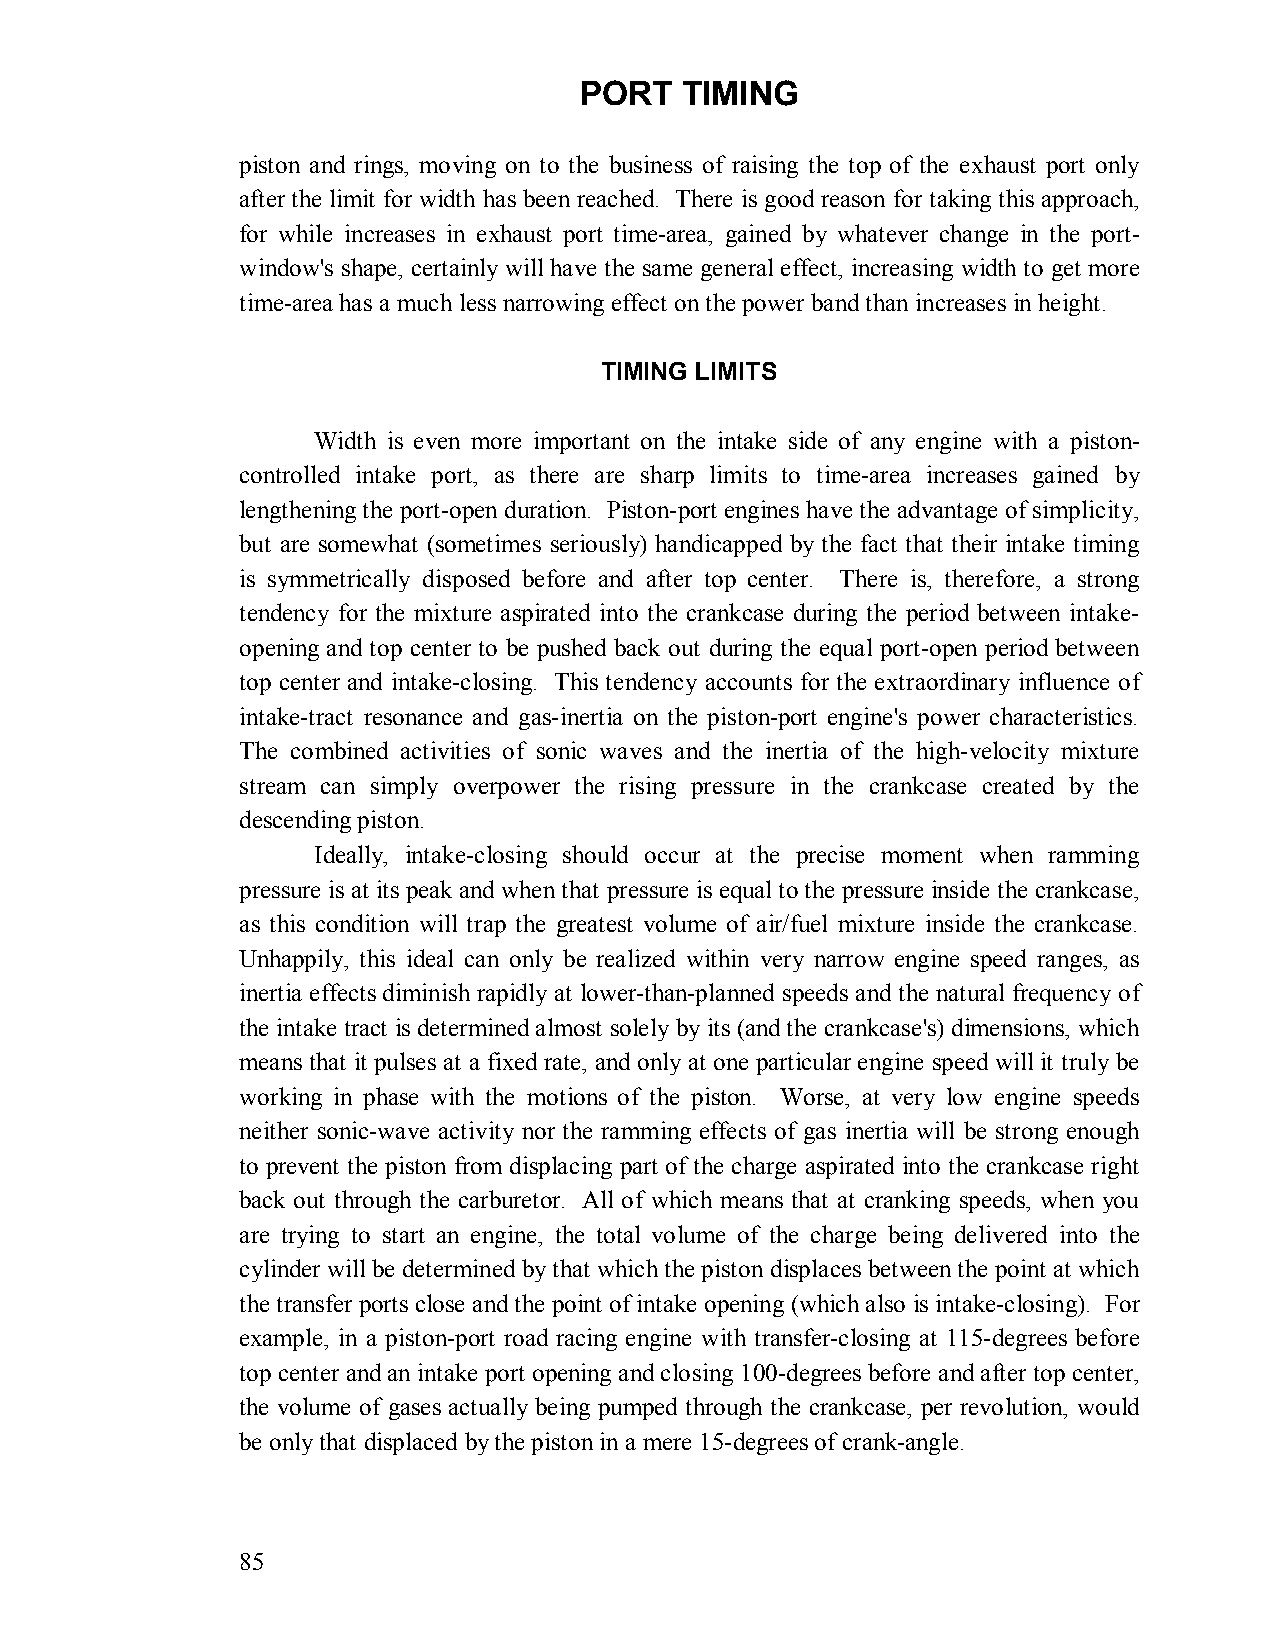
PORT   TIMING
 piston and rings, moving on to the business of raising the top of the exhaust port only
 after the limit for width has been reached. There is good reason for taking this approach,
 for while increases in exhaust port time-area, gained by whatever change in the port-
 window's shape, certainly will have the same general effect, increasing width to get more
 time-area has a much less narrowing effect on the power band than increases in height.
 TIMING LIMITS
 Width is even more important on the intake side of any engine with a piston-
 controlled intake port, as there are sharp limits to time-area increases gained by
 lengthening the port-open duration. Piston-port engines have the advantage of simplicity,
 but are somewhat (sometimes seriously) handicapped by the fact that their intake timing
 is symmetrically disposed before and after top center. There is, therefore, a strong
 tendency for the mixture aspirated into the crankcase during the period between intake-
 opening and top center to be pushed back out during the equal port-open period between
 top center and intake-closing. This tendency accounts for the extraordinary influence of
 intake-tract resonance and gas-inertia on the piston-port engine's power characteristics.
 The combined activities of sonic waves and the inertia of the high-velocity mixture
 stream can simply overpower the rising pressure in the crankcase created by the
 descending piston.
 Ideally, intake-closing should occur at the precise moment when ramming
 pressure is at its peak and when that pressure is equal to the pressure inside the crankcase,
 as this condition will trap the greatest volume of air/fuel mixture inside the crankcase.
 Unhappily, this ideal can only be realized within very narrow engine speed ranges, as
 inertia effects diminish rapidly at lower-than-planned speeds and the natural frequency of
 the intake tract is determined almost solely by its (and the crankcase's) dimensions, which
 means that it pulses at a fixed rate, and only at one particular engine speed will it truly be
 working in phase with the motions of the piston. Worse, at very low engine speeds
 neither sonic-wave activity nor the ramming effects of gas inertia will be strong enough
 to prevent the piston from displacing part of the charge aspirated into the crankcase right
 back out through the carburetor. All of which means that at cranking speeds, when you
 are trying to start an engine, the total volume of the charge being delivered into the
 cylinder will be determined by that which the piston displaces between the point at which
 the transfer ports close and the point of intake opening (which also is intake-closing). For
 example, in a piston-port road racing engine with transfer-closing at 115-degrees before
 top center and an intake port opening and closing 100-degrees before and after top center,
 the volume of gases actually being pumped through the crankcase, per revolution, would
 be only that displaced by the piston in a mere 15-degrees of crank-angle.
 85